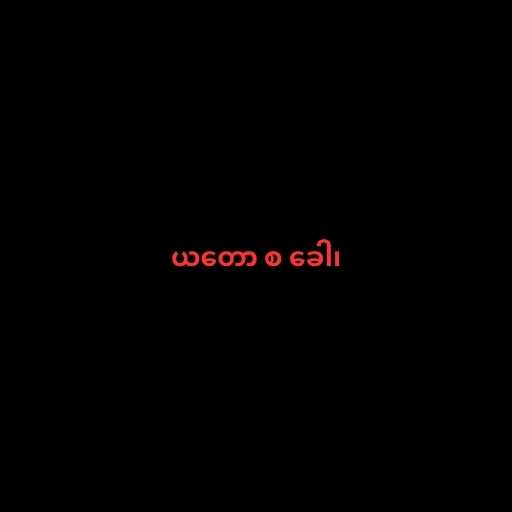
ယတော စ ခေါ၊